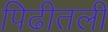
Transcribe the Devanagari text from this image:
पिढीतली